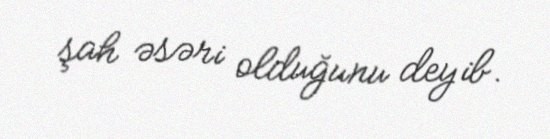
şah əsəri olduğunu deyib.